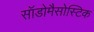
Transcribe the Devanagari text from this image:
सॉडोमैसोस्टिक